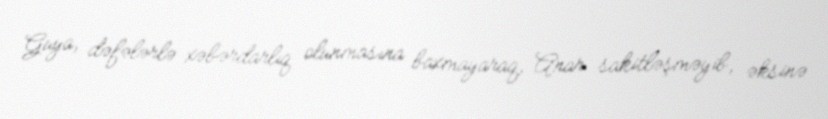
Guya, dəfələrlə xəbərdarlıq olunmasına baxmayaraq, Anar sakitləşməyib, əksinə